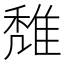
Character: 𨿖